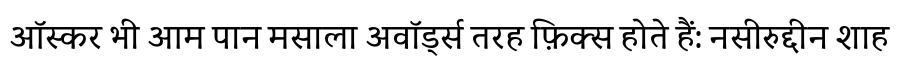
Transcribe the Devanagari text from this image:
ऑस्कर भी आम पान मसाला अवॉर्ड्स तरह फ़िक्स होते हैं: नसीरुद्दीन शाह